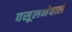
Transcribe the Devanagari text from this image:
वसूलनेवाले